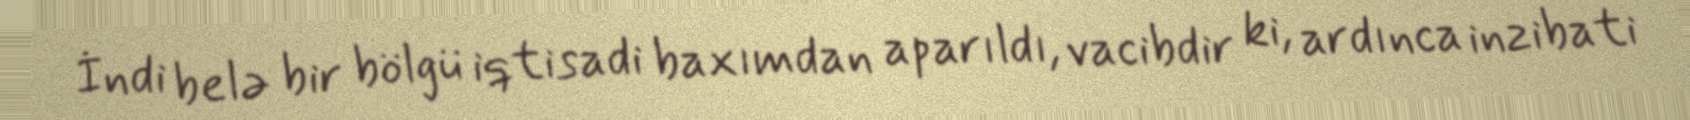
İndi belə bir bölgü iqtisadi baxımdan aparıldı, vacibdir ki, ardınca inzibati